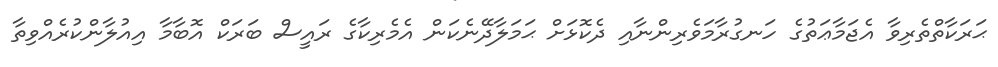
ޙަރަކާތްތެރިވާ އެޖަމާޢަތުގެ ހަނގުރާމަވެރިންނާއި ދެކޮޅަށް ޙަމަލާދޭނެކަން އެމެރިކާގެ ރައީސް ބަރަކް އޮބާމާ އިއުލާންކުރެއްވިތާ